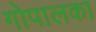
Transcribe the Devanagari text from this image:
गोपालका